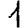
Digit: 1